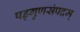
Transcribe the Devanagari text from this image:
षड्गुणसंपदम्‌